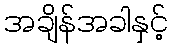
အချိန်အခါနှင့်